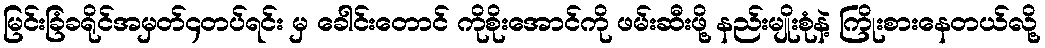
မြင်းခြံခရိုင်အမှတ်၄တပ်ရင်း မှ ခေါင်းတောင် ကိုစိုးအောင်ကို ဖမ်းဆီးဖို့ နည်းမျိုးစုံနဲ့ ကြိုးစားနေတယ်လို့